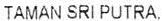
TAMAN SRIPUTRA,